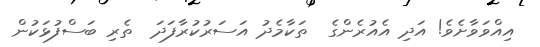
އިއްވަވާށެވެ! އަދި އެއުރެންގެ  ތަކާމެދު އަސަރުކުރާފަދަ  ތެރި ބަސްފުޅަކުން